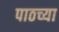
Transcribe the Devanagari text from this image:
पाठच्या